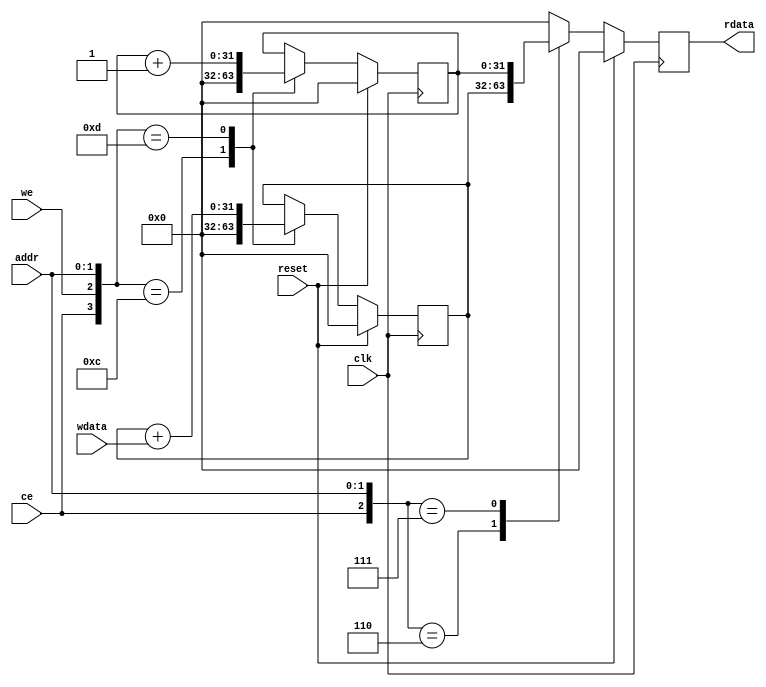
module accumulator(
	input clk, reset, // This reset is same as the one given to CPU
	input ce,		// 1 if the daddr is in the 16 addresses mapped to this
	input we,       // need to convert 4 bit we to 1 bit we
	input [1:0] addr,	// addr[1:0] = daddr[3:2], daddr[1:0] are ignored
	input [31:0] wdata, // connected directly from CPU
	output reg [31:0] rdata //goes to arbiter
);
	reg [31:0] sum;
	reg [31:0] count; // Reduce this if not necessary
	initial begin
		sum <= 0;
		count <= 0;
	end

	always @ (posedge clk) begin
		if (reset) begin
			sum <= 0;
			count <= 0;
			rdata <= 0;

		end else begin 
			// sum <= sum;
			// count <= count;
			rdata <= 0;
			casez ({ce,we,addr})
				// we is ignored for reads
				4'b1100 : begin sum <= 0; count <= 0; end //reset for Base +0 
				4'b1101 : begin sum <= sum + wdata; count <= count + 1; end // accumulate for base +4
				4'b1z10 : begin rdata <= sum; end // return sum for BAse +8
				4'b1z11 : begin rdata <= count; end // return count for Base +12
			endcase
		end
	end
	
endmodule